Vaccination in Bombay 1913-1923 - 1913-1923
Year: 1913
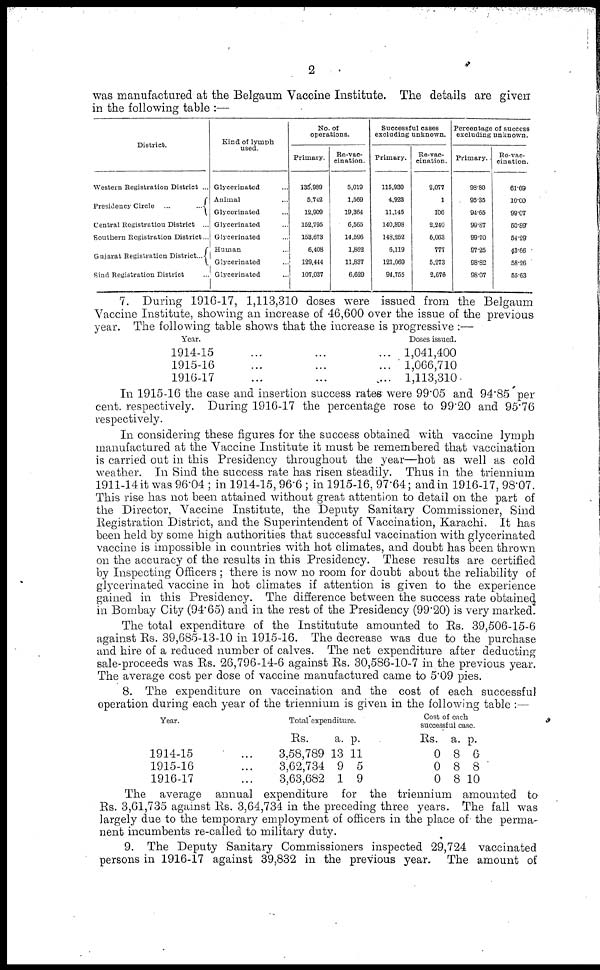
2
was manufactured at the Belgaum Vaccine Institute. The details are given
in the following table :—
District.
Western Registration District ...
Presidency Circle ...
...
Central Registration District ...
Southern Registration District...
Gujarat Registration District...
Sind Registration District ...
Kind of lymph
used.
Glycerinated ...
Animal ...
Glycerinated ...
Glycerinated ...
Glycerinated ...
Human...
Glycerinated ...
Glycerinated ...
No. of
operations.
Primary.
135,989
5,742
12,909
152,795
153,673
6,408
129,444
107,037
Re-vac-
cination.
5,019
1,569
19,364
6,565
14,596
1,862
11,837
6,629
Successful cases
excluding unknown.
Primary.
115,930
4,923
11,145
140,898
148,252
6,119
121,069
94,755
Re-vac-
cination.
2,077
1
106
2,240
6,063
777
5,273
2,676
Percentage of success
excluding unknown.
Primary.
98.80
95.35
94.65
99.87
99.70
97.25
98.82
98.07
Re-vac-
cination.
61.69
10.00
99.07
50.89
54.29
43.66
58.26
55.63
7. During 1916-17, 1,113,310 doses were issued from the Belgaum
Vaccine Institute, showing an increase of 46,600 over the issue of the previous
year. The following table shows that the increase is progressive :—
Year.
1914-15 ... ... ...
1915-16 ... ... ...
1916-17 ... ... ...
Doses issued.
1,041,400
1,066,710
1,113,310
In 1915-16 the case and insertion success rates were 99.05 and 94.85 per
cent. respectively. During 1916-17 the percentage rose to 99.20 and 95.76
respectively.
In considering these figures for the success obtained with vaccine lymph
manufactured at the Vaccine Institute it must be remembered that vaccination
is carried out in this Presidency throughout the year—hot as well as cold
weather. In Sind the success rate has risen steadily. Thus in the triennium
1911-14 it was 96.04; in 1914-15, 96.6 ; in 1915-16, 97.64; and in 1916-17, 98.07.
This rise has not been attained without great attention to detail on the part of
the Director, Vaccine Institute, the Deputy Sanitary Commissioner, Sind
Registration District, and the Superintendent of Vaccination, Karachi. It has
been held by some high authorities that successful vaccination with glycerinated
vaccine is impossible in countries with hot climates, and doubt has been thrown
on the accuracy of the results in this Presidency. These results are certified
by Inspecting Officers; there is now no room for doubt about the reliability of
glycerinated vaccine in hot climates if attention is given to the experience
gained in this Presidency. The difference between the success rate obtained
in Bombay City (94.65) and in the rest of the Presidency (99.20) is very marked.
The total expenditure of the Institutute amounted to Rs. 39,506-15-6
against Rs. 39,685-13-10 in 1915-16. The decrease was due to the purchase
and hire of a reduced number of calves. The net expenditure after deducting
sale-proceeds was Rs. 26,796-14-6 against Rs. 30,586-10-7 in the previous year.
The average cost per dose of vaccine manufactured came to 5.09 pies.
8. The expenditure on vaccination and the cost of each successful
operation during each year of the triennium is given in the following table :—
Year.
1914-15 ...
1915-16 ...
1916-17 ...
Total expenditure.
Rs.
3,58,789
3,62,734
3,63,682
a.
13
9
1
p.
11
5
9
Cost of each
successful case.
Rs.
0
0
0
a.
8
8
8
p.
6
8
10
The average annual expenditure for the triennium amounted to
Rs. 3,61,735 against Rs. 3,64,734 in the preceding three years. The fall was
largely due to the temporary employment of officers in the place of the perma-
nent incumbents re-called to military duty.
9. The Deputy Sanitary Commissioners inspected 29,724 vaccinated
persons in 1916-17 against 39,832 in the previous year. The amount of